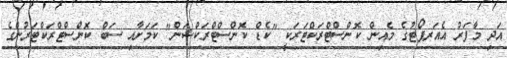
އަދި މާފަރު އެއަރޕޯޓުގެ މެއިން ކޮންސްޓްރަކްޓަރަކީ "ކެޑް ކޮންސްްޓްރަކްޝަން" ކަމަށާއި ސަބް ކޮންސްޓްރަކްޓަރުންގެ